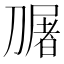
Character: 𭄎